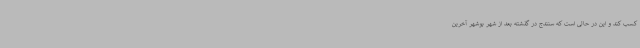
کسب کند و این در حالی است که سنندج در گذشته بعد از شهر بوشهر آخرین